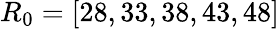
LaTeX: {R_{0}}=[28,33,38,43,48]